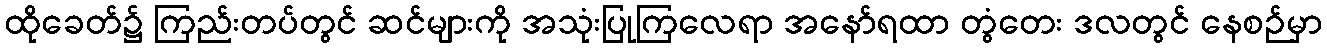
ထိုခေတ်၌ ကြည်းတပ်တွင် ဆင်များကို အသုံးပြုကြလေရာ အနော်ရထာ တွံတေး ဒလတွင် နေစဉ်မှာ